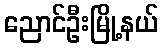
ညောင်ဦးမြို့နယ်